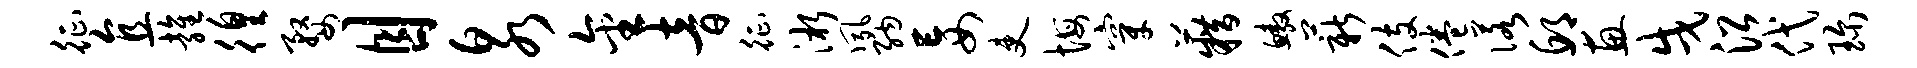
征直雍徨婺目泉金音征淅夙纳妄吏悔穿籍鳌薪伎倦诺邱惠戌沿代珍